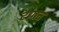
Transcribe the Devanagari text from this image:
टांगत